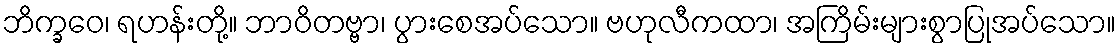
ဘိက္ခဝေ၊ ရဟန်းတို့။ ဘာဝိတဗ္ဗာ၊ ပွားစေအပ်သော။ ဗဟုလီကထာ၊ အကြိမ်းများစွာပြုအပ်သော။